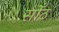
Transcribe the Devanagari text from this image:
सोँठ